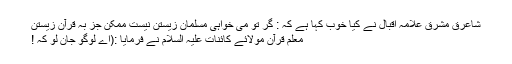
شاعرق مشرق علامہ اقبال نے کیا خوب کہا ہے کہ : گر تو می خواہی مسلمان زیستن نیست ممکن جز بہ قرآن زیستن
معلم قرآن مولائے کائنات علیہ السلام نے فرمایا :(اے لوگو جان لو کہ !